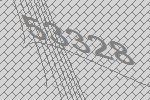
53328